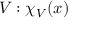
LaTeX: V : \chi _ { V } ( x )